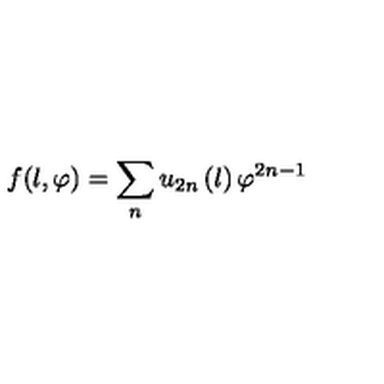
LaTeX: f ( l , \varphi ) = \sum _ { n } u _ { 2 n } \left( l \right) \varphi ^ { 2 n - 1 }